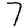
Digit: 7